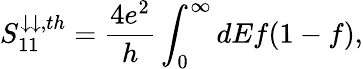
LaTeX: {S_{11}^{\downarrow\downarrow,th}=\frac{4e^{2}}{h}\int_{0}^{\infty}dEf(1-f)},